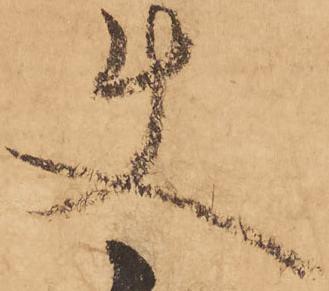
使